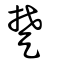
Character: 楚